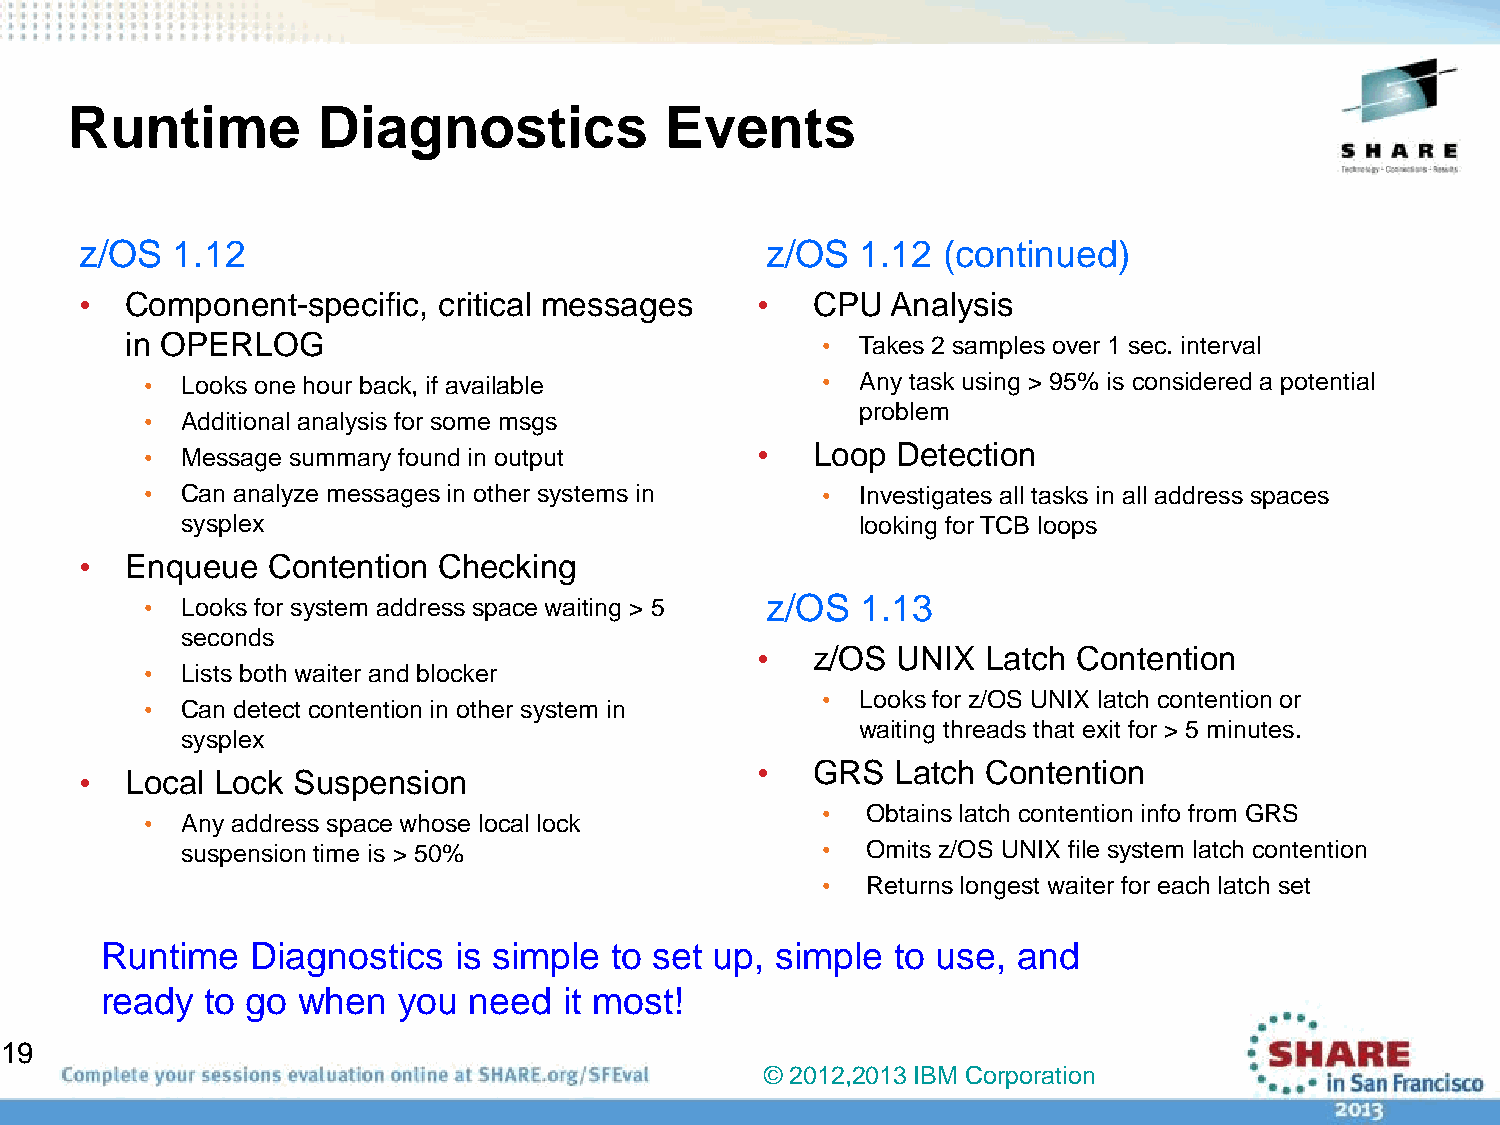
Runtime          Diagnostics            Events
 z/OS  1.12                                    z/OS  1.12 (continued)
 •  Component-specific,  critical messages    •   CPU  Analysis
 in OPERLOG                                    •  Takes 2 samples over 1 sec. interval
 • Looks one hour back, if available         •  Any task using > 95% is considered a potential
 problem
 • Additional analysis for some msgs
 • Message summary found in output       •   Loop Detection
 • Can analyze messages in other systems in  •  Investigates all tasks in all address spaces
 sysplex                                      looking for TCB loops
 •  Enqueue   Contention Checking
 • Looks for system address space waiting > 5 z/OS 1.13
 seconds
 •   z/OS UNIX  Latch Contention
 • Lists both waiter and blocker
 •  Looks for z/OS UNIX latch contention or
 • Can detect contention in other system in
 waiting threads that exit for > 5 minutes.
 sysplex
 •   GRS  Latch Contention
 •  Local Lock Suspension
 •  Obtains latch contention info from GRS
 • Any address space whose local lock
 suspension time is > 50%                  •  Omits z/OS UNIX file system latch contention
 •  Returns longest waiter for each latch set
 Runtime   Diagnostics  is simple to set up, simple  to use, and
 ready  to go when  you  need  it most!
 19
 © 2012,2013 IBM Corporation